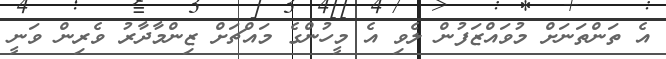
އެ ތަންތަނަށް މުވައްޒަފުން ލެވި އެ މީހުންގެ މައްޗަށް ޒިންމާދާރު ވެރިން ވަނީ